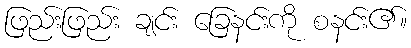
ဖြည်းဖြည်း ချင်း ခြေနင်းကို စနင်း၏။